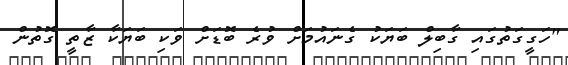
"ހަގީގަތުގައި ގާބިލް ބަޔަކު ގެނައުމަށް ވުރެ ބޮޑަށް ވަކި ބަޔަކާ ޒާތީ ގޮތުން